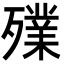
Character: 𣩫